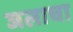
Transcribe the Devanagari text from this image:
जलाचा